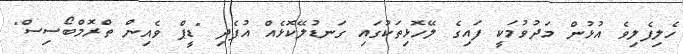
ހެލިފެލިވެ އުޅުން މަދުވުމަކީ ފައިގެ ލޭހޮޅިތަކުގައި ގަނޑުލޭކޮޅެއް އުފެދި "ޑީޕް ވެއިން ތްރޮމްބޯސިސް"